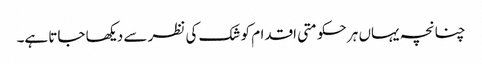
چنانچہ یہاں ہر حکومتی اقدام کو شک کی نظر سے دیکھا جاتا ہے۔